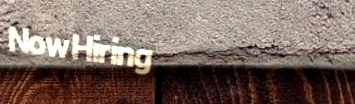
NowHiring